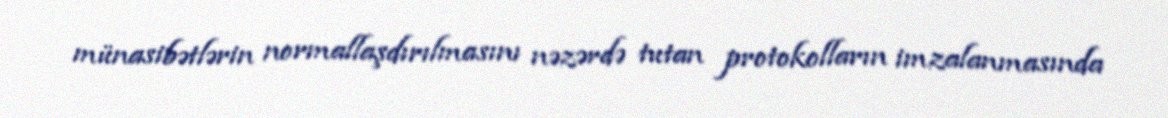
münasibətlərin normallaşdırılmasını nəzərdə tutan protokolların imzalanmasında